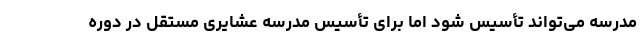
مدرسه می‌تواند تأسیس شود اما برای تأسیس مدرسه عشایری مستقل در دوره